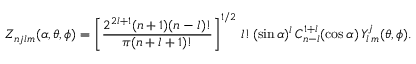
{ \cal Z } _ { n j l m } ( \alpha , \theta , \phi ) = \left[ \frac { 2 ^ { 2 l + 1 } ( n + 1 ) ( n - l ) ! } { \pi ( n + l + 1 ) ! } \right] ^ { 1 / 2 } \, l ! \, ( \sin \alpha ) ^ { l } \, C _ { n - l } ^ { 1 + l } ( \cos \alpha ) \, { \cal Y } _ { l \, m } ^ { j } ( \theta , \phi ) .